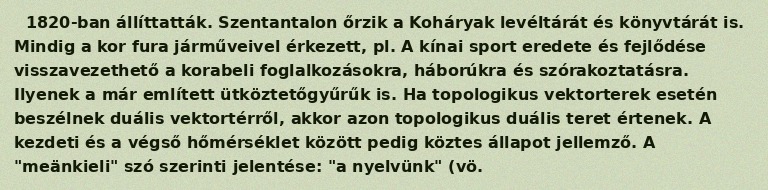
1820-ban állíttatták. Szentantalon őrzik a Koháryak levéltárát és könyvtárát is. Mindig a kor fura járműveivel érkezett, pl. A kínai sport eredete és fejlődése visszavezethető a korabeli foglalkozásokra, háborúkra és szórakoztatásra. Ilyenek a már említett ütköztetőgyűrűk is. Ha topologikus vektorterek esetén beszélnek duális vektortérről, akkor azon topologikus duális teret értenek. A kezdeti és a végső hőmérséklet között pedig köztes állapot jellemző. A "meänkieli" szó szerinti jelentése: "a nyelvünk" (vö.